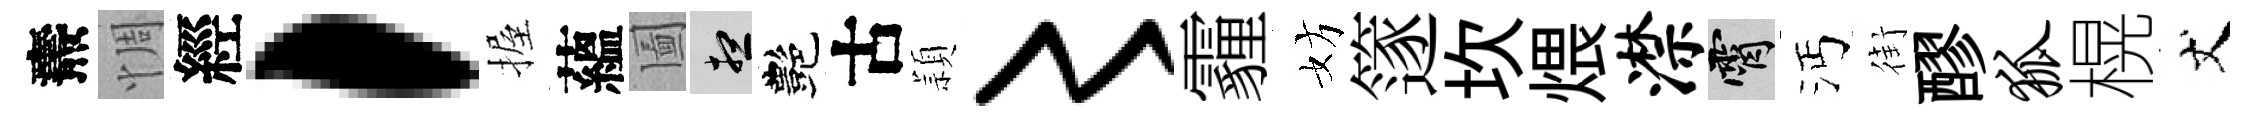
燾惆經，握蘊圗想艷古頴〻霾妨篴坎煨潸霄沔街醪狐榥丈